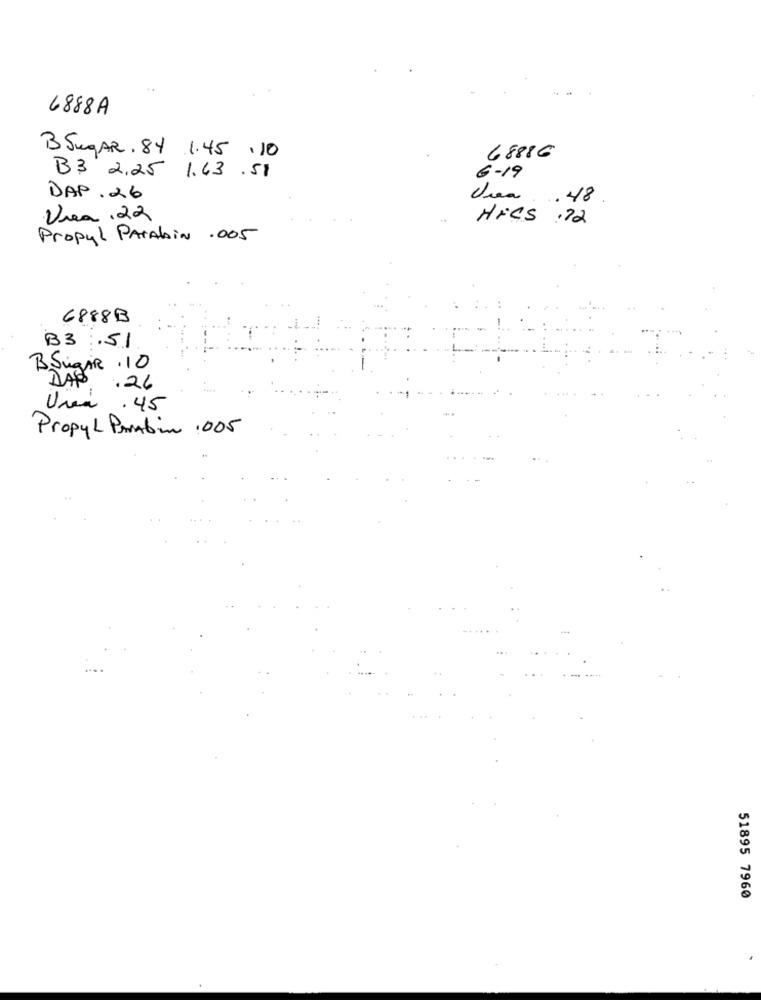
6888A
B SugAR. 84 .1.45 .10
68886
B3 2,25 1.43 .51
6-19
DAP .26
Via . 48
Urea . 22
HFCS .72
Propyl ParAbiN .005
6888B
B3.51
BSugar . 10
DAB
.26
Unea . 45
Propyl Prabin .005
51895 7960